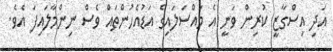
އަދި އިސްގާޒީ ކުރިން ވަނީ އެ މައްސަލައިގެ އަޑުއެހުންތައް ވެސް ނިންމާލައިފަ އެވެ.